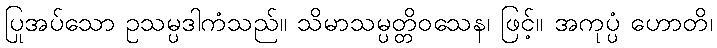
ပြုအပ်သော ဥသမ္ပဒါကံသည်။ သိမာသမ္ပတ္တိဝသေန၊ ဖြင့်။ အကုပ္ပံ ဟောတိ၊